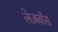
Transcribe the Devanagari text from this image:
लेज़बॉस